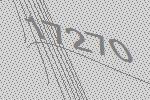
17270